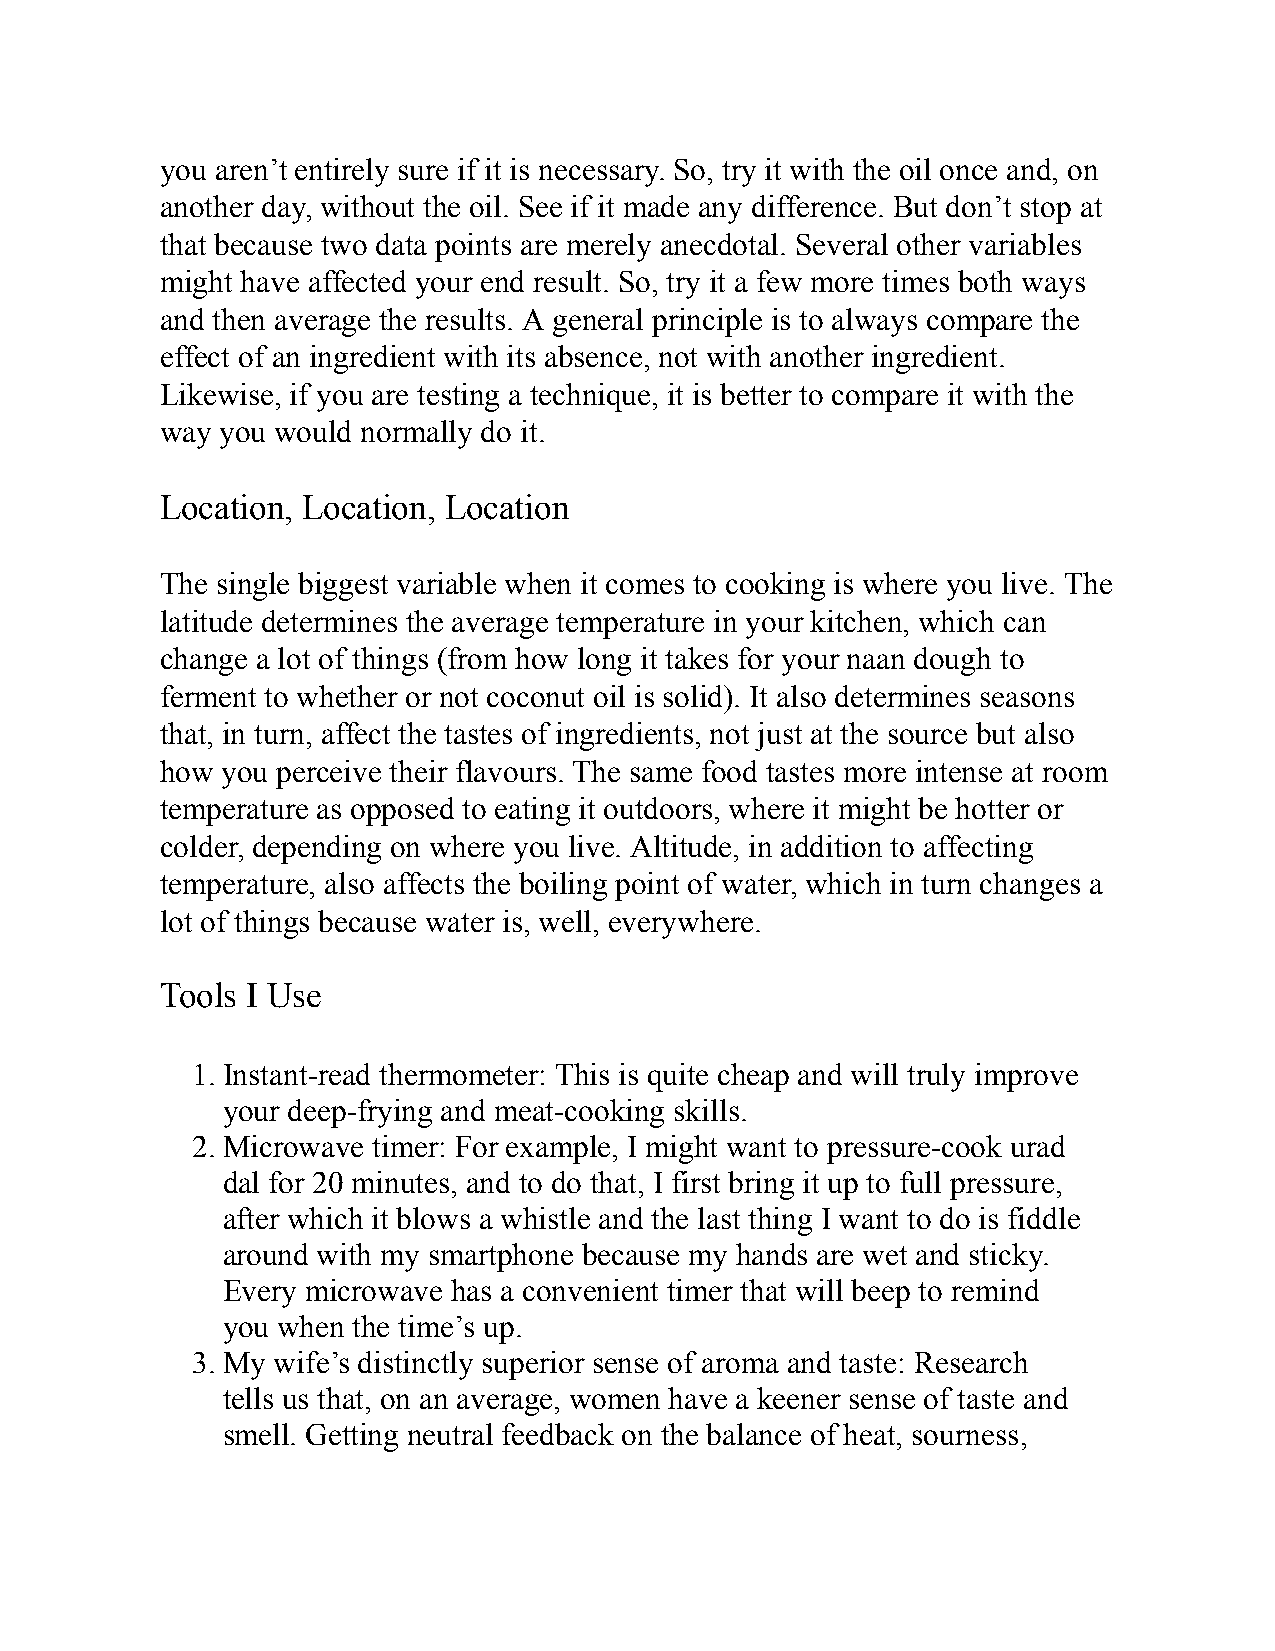
you aren’t entirely sure if it is necessary. So, try it with the oil once and, on
 another day, without the oil. See if it made any difference. But don’t stop at
 that because two data points are merely anecdotal. Several other variables
 might have affected your end result. So, try it a few more times both ways
 and then average the results. A general principle is to always compare the
 effect of an ingredient with its absence, not with another ingredient.
 Likewise, if you are testing a technique, it is better to compare it with the
 way you would normally do it.
 Location, Location, Location
 The single biggest variable when it comes to cooking is where you live. The
 latitude determines the average temperature in your kitchen, which can
 change a lot of things (from how long it takes for your naan dough to
 ferment to whether or not coconut oil is solid). It also determines seasons
 that, in turn, affect the tastes of ingredients, not just at the source but also
 how you perceive their flavours. The same food tastes more intense at room
 temperature as opposed to eating it outdoors, where it might be hotter or
 colder, depending on where you live. Altitude, in addition to affecting
 temperature, also affects the boiling point of water, which in turn changes a
 lot of things because water is, well, everywhere.
 Tools I Use
 1. Instant-read thermometer: This is quite cheap and will truly improve
 your deep-frying and meat-cooking skills.
 2. Microwave timer: For example, I might want to pressure-cook urad
 dal for 20 minutes, and to do that, I first bring it up to full pressure,
 after which it blows a whistle and the last thing I want to do is fiddle
 around with my smartphone because my hands are wet and sticky.
 Every microwave has a convenient timer that will beep to remind
 you when the time’s up.
 3. My wife’s distinctly superior sense of aroma and taste: Research
 tells us that, on an average, women have a keener sense of taste and
 smell. Getting neutral feedback on the balance of heat, sourness,